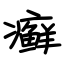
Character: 癣